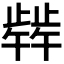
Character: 𬆋